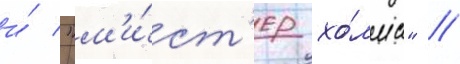
и́ "м'и́ст'ер хо́лмс" //